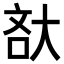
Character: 𡘯